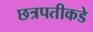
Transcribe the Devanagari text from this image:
छत्रपतीकडे